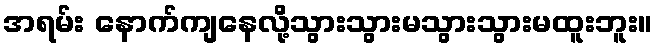
အရမ်း နောက်ကျနေလို့သွားသွားမသွားသွားမထူးဘူး။